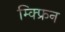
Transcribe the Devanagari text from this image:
म्क्फ्रिन